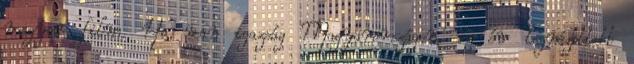
magyar film. Ha van igazság Magyarországon, az év legnézettebb